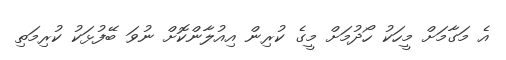
އެ މަގާމަށް މީހަކު ހޯދުމަށް މީގެ ކުރިން އިއުލާންކޮށް ނުވަ ބޭފުޅަކު ކުރިމަތި